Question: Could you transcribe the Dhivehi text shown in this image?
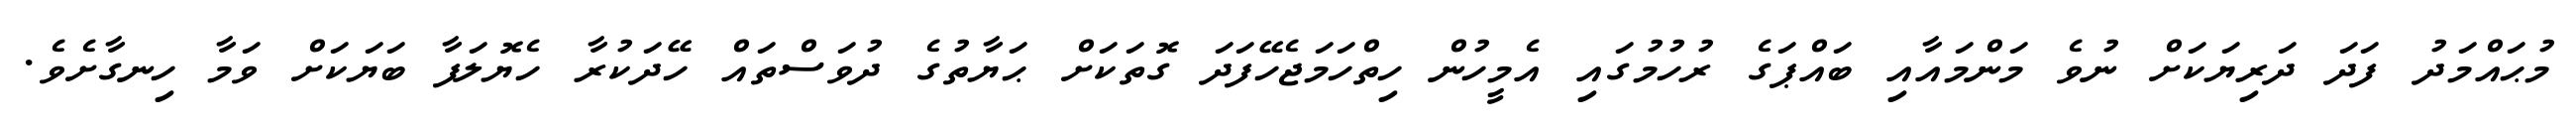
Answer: މުޙައްމަދު ފަދަ ދަރިޔަކަށް ނުވެ މަންމައާއި ބައްޕަގެ ރުހުމުގައި އެމީހުން ހިތްހަމަޖެހޭފަދަ ގޮތަކަށް ޙަޔާތުގެ ދުވަސްތައް ހޭދަކުރާ ހެޔޮލަފާ ބަޔަކަށް ވަމާ ހިނގާށެވެ.